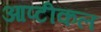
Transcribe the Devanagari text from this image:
आप्टीकल